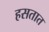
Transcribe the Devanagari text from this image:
हसतात